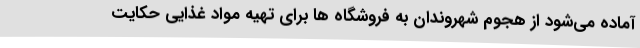
آماده می‌شود از هجوم شهروندان به فروشگاه ها برای تهیه مواد غذایی حکایت